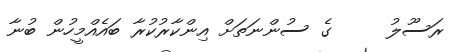
ރަސޫލު     ގެ ސުންނަތަށް އިންކާރުކުރާ ބައެއްމީހުން ބުނާ